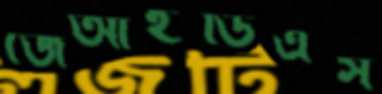
জেআইডিএস